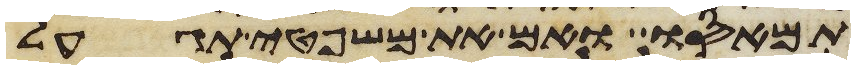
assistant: תמאסו ואם את משפטי תגעל